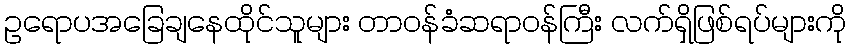
ဥရောပအခြေချနေထိုင်သူများ တာဝန်ခံဆရာဝန်ကြီး လက်ရှိဖြစ်ရပ်များကို